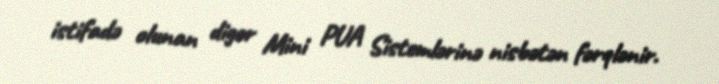
istifadə olunan digər Mini PUA Sistemlərinə nisbətən fərqlənir.